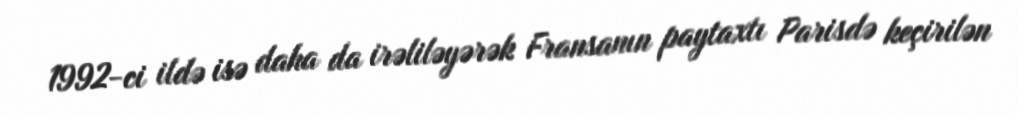
1992-ci ildə isə daha da irəliləyərək Fransanın paytaxtı Parisdə keçirilən